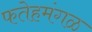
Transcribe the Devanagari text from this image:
फतेहमंगळ